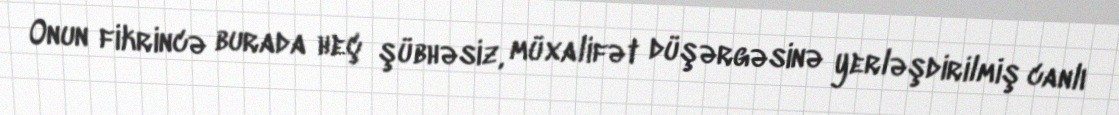
Onun fikrincə burada heç şübhəsiz, müxalifət düşərgəsinə yerləşdirilmiş canlı